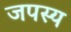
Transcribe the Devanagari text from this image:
जपस्य